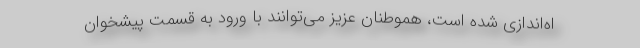
اه‌اندازی شده است، هموطنان عزیز می‌توانند با ورود به قسمت پیشخوان